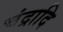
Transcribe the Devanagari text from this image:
चंद्रादि